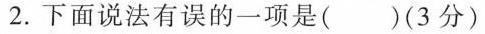
2.下面说法有误的一项是( )(3分)